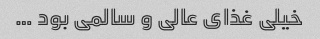
خیلی غذای عالی و سالمی بود …